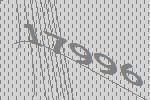
17996